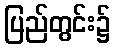
ပြည်တွင်း၌